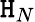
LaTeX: \mathtt{H}_{N}